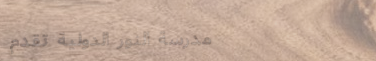
مدرسة النور الدولية تقدم